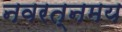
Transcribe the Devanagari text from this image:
नवरत्नमय